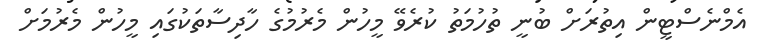
އެމްނެސްޓީން އިތުރަށް ބުނީ ތުހުމަތު ކުރެވޭ މީހުން މެރުމުގެ ހާދިސާތަކުގައި މީހުން މެރުމަށް